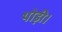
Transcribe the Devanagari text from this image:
थोड़ी।